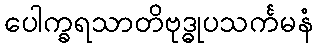
ပေါက္ခရသာတိဗုဒ္ဓုပသင်္ကမနံ